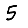
Digit: 5